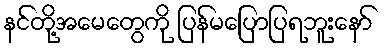
နင်တို့အမေတွေကို ပြန်မပြောပြရဘူးနော်